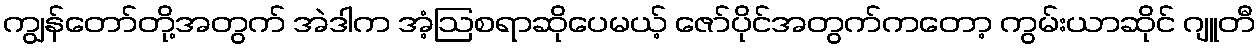
ကျွန်တော်တို့အတွက် အဲဒါက အံ့ဩစရာဆိုပေမယ့် ဇော်ပိုင်အတွက်ကတော့ ကွမ်းယာဆိုင် ဂျူတီ